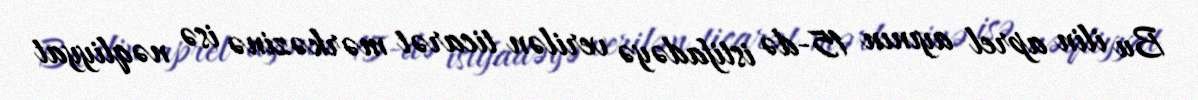
Bu ilin aprel ayının 15-də istifadəyə verilən ticarət mərkəzinə isə nəqliyyat